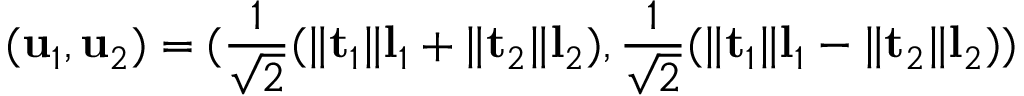
( \mathbf { u } _ { 1 } , \mathbf { u } _ { 2 } ) = ( \frac { 1 } { \sqrt { 2 } } ( \lVert \mathbf { t } _ { 1 } \rVert \mathbf { l } _ { 1 } + \lVert \mathbf { t } _ { 2 } \rVert \mathbf { l } _ { 2 } ) , \frac { 1 } { \sqrt { 2 } } ( \lVert \mathbf { t } _ { 1 } \rVert \mathbf { l } _ { 1 } - \lVert \mathbf { t } _ { 2 } \rVert \mathbf { l } _ { 2 } ) )